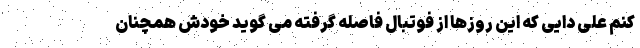
کنم علی دایی که این روزها از فوتبال فاصله گرفته می گوید خودش همچنان